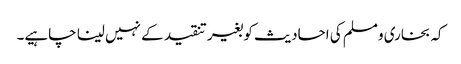
کہ بخاری ومسلم کی احادیث کو بغیر تنقید کے نہیں لینا چاہیے۔